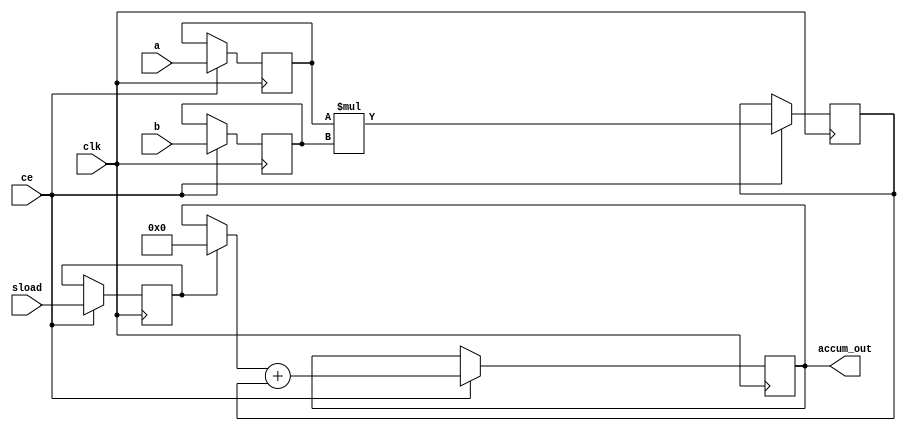
// Signed 40-bit streaming accumulator with 16-bit inputs
//
// Source:
// https://www.xilinx.com/support/documentation/sw_manuals/xilinx2014_2/ug901-vivado-synthesis.pdf p.90
//
(* top *)
module ug901a # (parameter SIZEIN = 16, SIZEOUT = 40) (
	input clk, ce, sload,
	input signed [SIZEIN-1:0] a, b,
	output signed [SIZEOUT-1:0] accum_out
);
// Declare registers for intermediate values
reg signed [SIZEIN-1:0] a_reg, b_reg;
reg sload_reg;
reg signed [2*SIZEIN-1:0] mult_reg;
reg signed [SIZEOUT-1:0] adder_out, old_result;
always @* /*(adder_out or sload_reg)*/ begin // Modification necessary to fix sim/synth mismatch
	if (sload_reg)
		old_result <= 0;
	else
		// 'sload' is now active (=low) and opens the accumulation loop.
		// The accumulator takes the next multiplier output in
		// the same cycle.
		old_result <= adder_out;
end

always @(posedge clk)
	if (ce)
	begin
		a_reg <= a;
		b_reg <= b;
		mult_reg <= a_reg * b_reg;
		sload_reg <= sload;
		// Store accumulation result into a register
		adder_out <= old_result + mult_reg;
	end

	// Output accumulation result
	assign accum_out = adder_out;

endmodule

`ifndef _AUTOTB
module __test ;
    wire [4095:0] assert_area = "cd ug901a; select t:DSP48E1 -assert-count 1; select t:FDRE -assert-count 1; select -assert-none t:DSP48E1 t:BUFG t:FDRE %% t:* %D";
endmodule
`endif